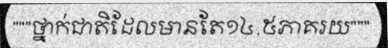
"""ថ្នាក់ជាតិដែលមានតែ១៤,៥ភាគរយ"""